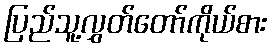
ပြည်သူ့လွှတ်တော်ကိုယ်စား